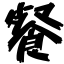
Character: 餐